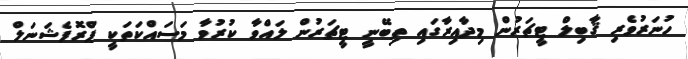
ހުނަރުވެރި ޤާބިލް ޓީޗަރުން މިދާއިރާގައި ތިބޭނީ ޓީޗަރުން ލައްވާ ކުރުވާ މަސައްކަތަކީ ޕްރޮފެޝަނަލް